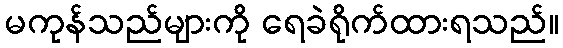
မကုန်သည်များကို ရေခဲရိုက်ထားရသည်။